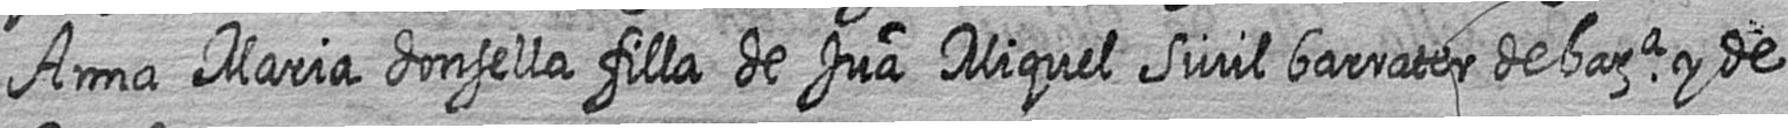
Anna Maria donsella filla de Jua Miquel Sivil barrater de bara y de